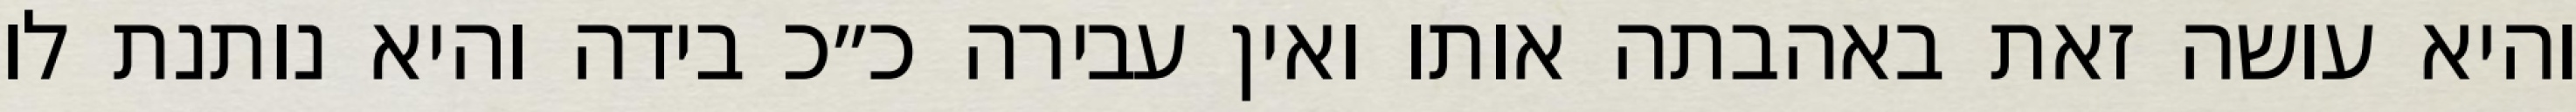
והיא עושה זאת באהבתה אותו ואין עבירה כ״כ בידה והיא נותנת לו